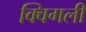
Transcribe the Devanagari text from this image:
क्विगली